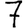
Digit: 7